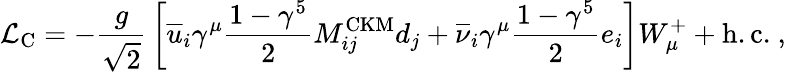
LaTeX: {\mathcal{L}}_{\mathrm{C}}=-{\frac{g}{\sqrt{2}}}\left[{\overline{{u}}}_{i}\gamma^{\mu}{\frac{1-\gamma^{5}}{2}}M_{ij}^{\mathrm{CKM}}d_{j}+{\overline{{\nu}}}_{i}\gamma^{\mu}{\frac{1-\gamma^{5}}{2}}e_{i}\right]W_{\mu}^{+}+{\mathrm{h.c.}}~,